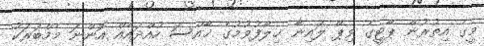
މީގެ އިތުރުން ޕާޓީގެ ވިޕް ލައިނާ ޚިލާފުވުމުގެ ޚާއްސަ ހުއްދައެއް އޮންނަ މެމްބަރަކު